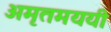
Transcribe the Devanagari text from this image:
अमृतमययी